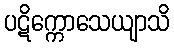
ပဋိက္ကောသေယျာသိ